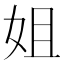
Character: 姐